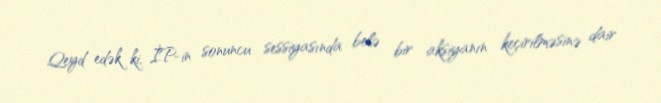
Qeyd edək ki, İP-in sonuncu sessiyasında belə bir aksiyanın keçirilməsinə dair